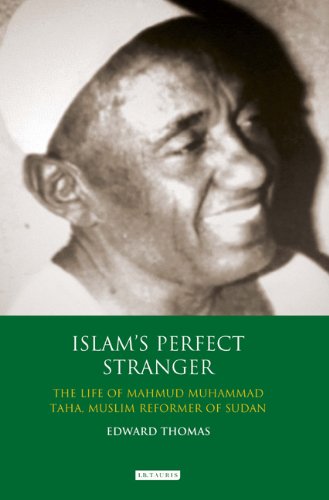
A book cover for Islam's Perfect Stranger: The Life of Mahmud Muhammad Taha, Muslim Reformer of Sudan (International Library of African Studies); Edward A. Thomas; History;